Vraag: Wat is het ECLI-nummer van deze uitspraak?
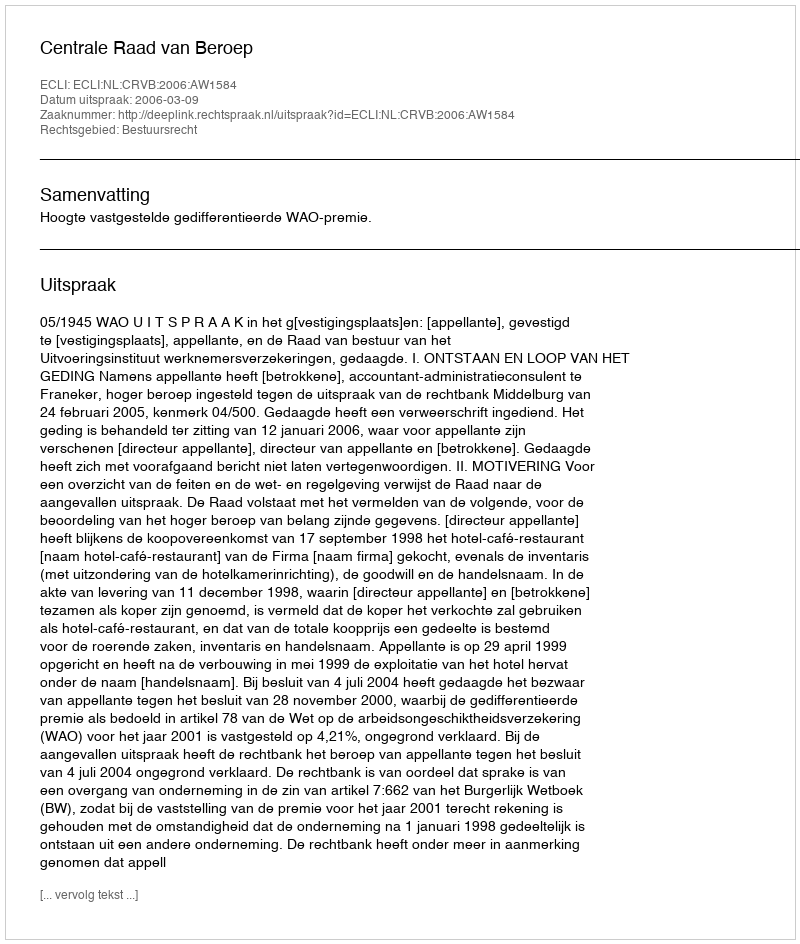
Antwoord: ECLI:NL:CRVB:2006:AW1584